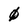
Character: 0